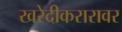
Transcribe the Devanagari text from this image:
खरेदीकरारावर